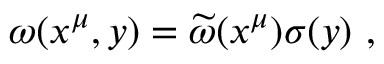
\omega ( x ^ { \mu } , y ) = { \widetilde \omega } ( x ^ { \mu } ) \sigma ( y ) ~ ,